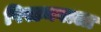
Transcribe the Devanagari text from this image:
पिस्टनवाला